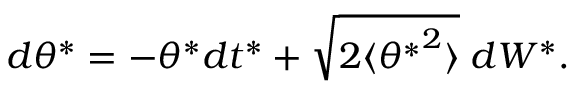
d \theta ^ { * } = - \theta ^ { * } d t ^ { * } + \sqrt { 2 \langle { \theta ^ { * } } ^ { 2 } \rangle } \; d W ^ { * } .